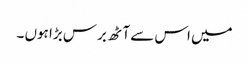
میں اس سے آٹھ برس بڑا ہوں ۔